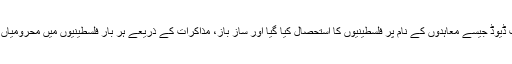
اوسلو اور کیمپ ڈیوڈ جیسے معاہدوں کے نام پر فلسطینیوں کا استحصال کیا گیا اور ساز باز، مذاکرات کے ذریعے ہر بار فلسطینیوں میں محرومیاں تقسیم کی گئیں۔